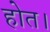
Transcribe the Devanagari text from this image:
होत।